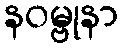
နဝမ္ဗုနာ